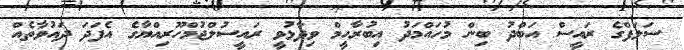
ސަލަފްގެ ރައީސް އަބްދު ބިން މުހައްމަދު އިބުރާހީމް ވިދާޅުވީ ރައީސުލްޖުމްހޫރިއްޔާގެ އެފަދަ ދައުވާތެއް